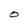
Character: O